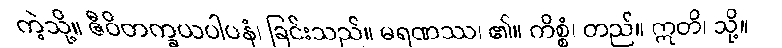
ကဲ့သို့။ ဇီဝိတက္ခယပါပနံ၊ ခြင်းသည်။ မရဏဿ၊ ၏။ ကိစ္စံ၊ တည်။ ဣတိ၊ သို့။